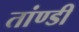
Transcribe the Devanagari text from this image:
तांण्डी